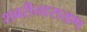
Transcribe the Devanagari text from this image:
शबरीनारायण